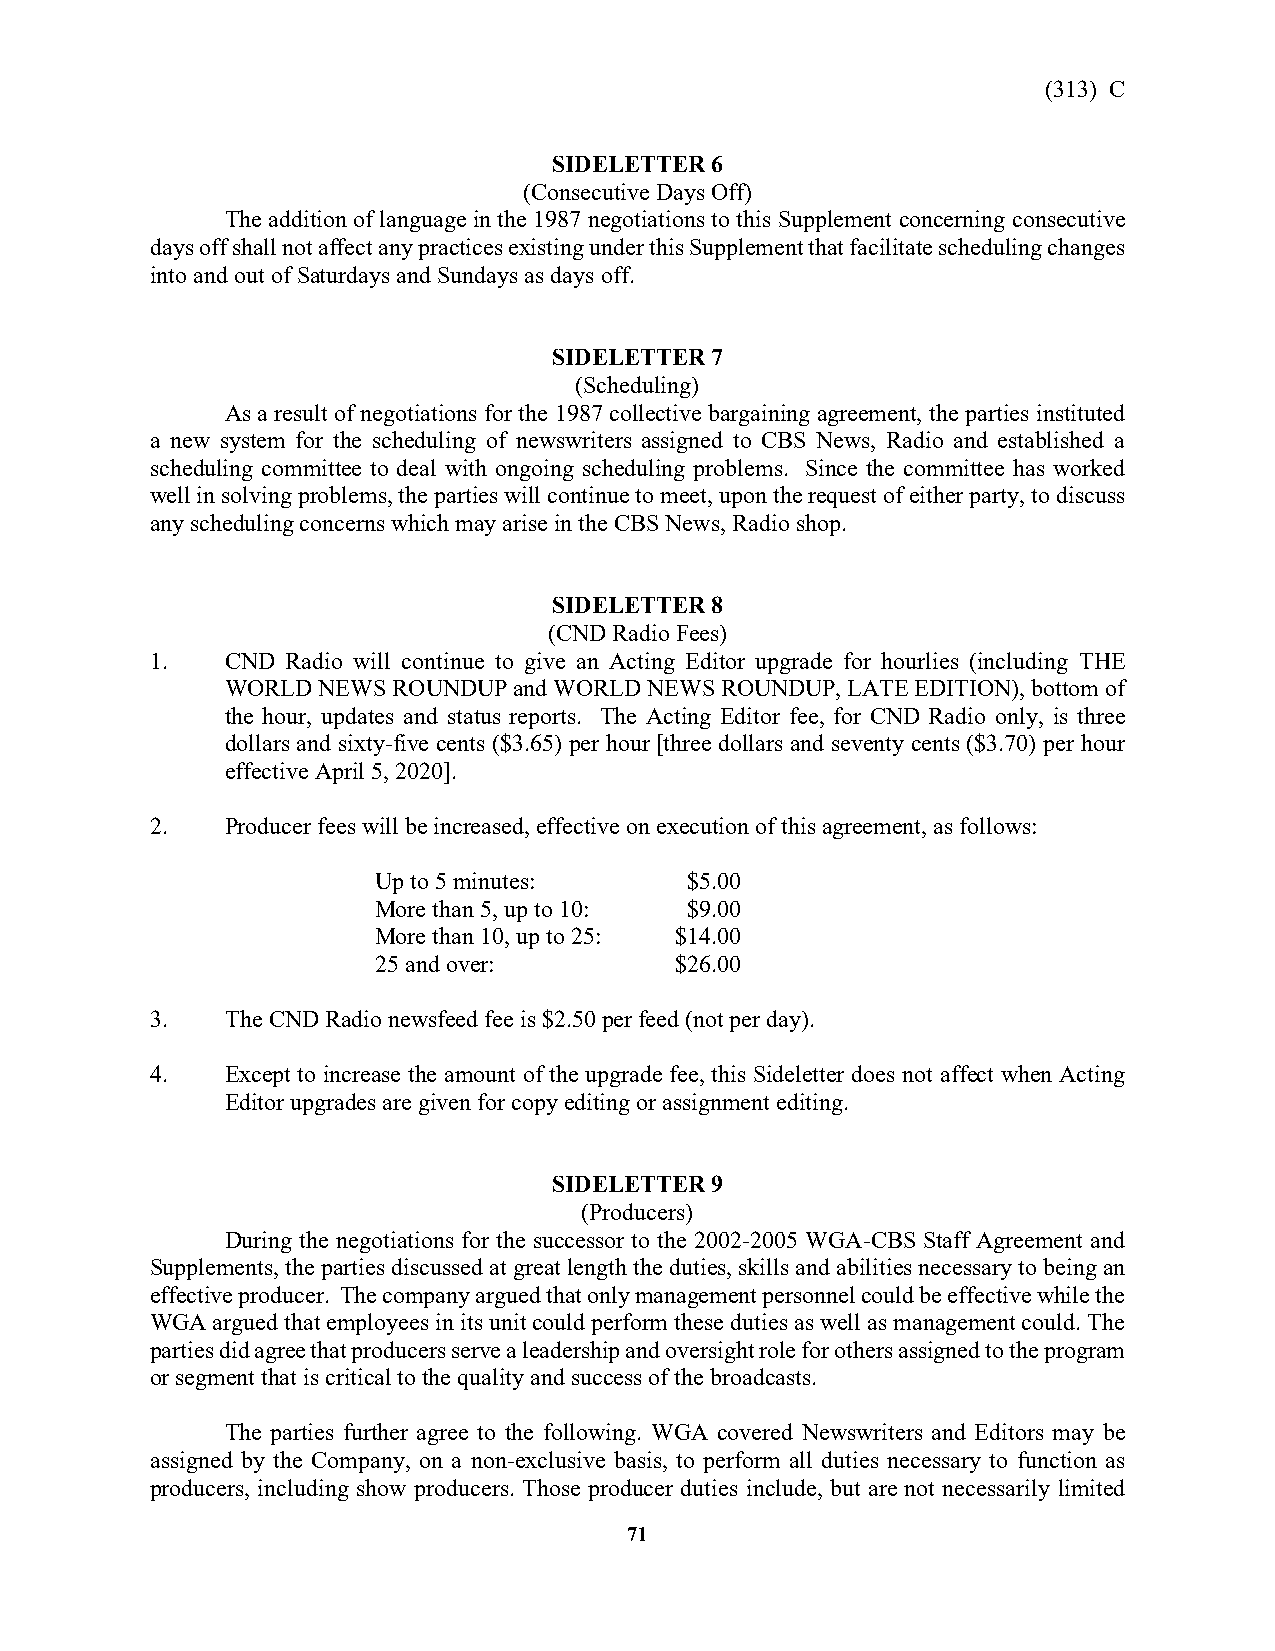
(313) C
 SIDELETTER 6
 (Consecutive Days Off)
 The addition of language in the 1987 negotiations to this Supplement concerning consecutive
 days off shall not affect any practices existing under this Supplement that facilitate scheduling changes
 into and out of Saturdays and Sundays as days off.
 SIDELETTER 7
 (Scheduling)
 As a result of negotiations for the 1987 collective bargaining agreement, the parties instituted
 a new system for the scheduling of newswriters assigned to CBS News, Radio and established a
 scheduling committee to deal with ongoing scheduling problems. Since the committee has worked
 well in solving problems, the parties will continue to meet, upon the request of either party, to discuss
 any scheduling concerns which may arise in the CBS News, Radio shop.
 SIDELETTER 8
 (CND Radio Fees)
 1.   CND Radio will continue to give an Acting Editor upgrade for hourlies (including THE
 WORLD NEWS ROUNDUP and WORLD NEWS ROUNDUP, LATE EDITION), bottom of
 the hour, updates and status reports. The Acting Editor fee, for CND Radio only, is three
 dollars and sixty-five cents ($3.65) per hour [three dollars and seventy cents ($3.70) per hour
 effective April 5, 2020].
 2.   Producer fees will be increased, effective on execution of this agreement, as follows:
 Up to 5 minutes:    $5.00
 More than 5, up to 10: $9.00
 More than 10, up to 25: $14.00
 25 and over:        $26.00
 3.   The CND Radio newsfeed fee is $2.50 per feed (not per day).
 4.   Except to increase the amount of the upgrade fee, this Sideletter does not affect when Acting
 Editor upgrades are given for copy editing or assignment editing.
 SIDELETTER 9
 (Producers)
 During the negotiations for the successor to the 2002-2005 WGA-CBS Staff Agreement and
 Supplements, the parties discussed at great length the duties, skills and abilities necessary to being an
 effective producer. The company argued that only management personnel could be effective while the
 WGA argued that employees in its unit could perform these duties as well as management could. The
 parties did agree that producers serve a leadership and oversight role for others assigned to the program
 or segment that is critical to the quality and success of the broadcasts.
 The parties further agree to the following. WGA covered Newswriters and Editors may be
 assigned by the Company, on a non-exclusive basis, to perform all duties necessary to function as
 producers, including show producers. Those producer duties include, but are not necessarily limited
 71